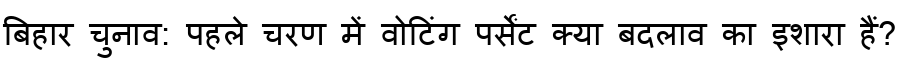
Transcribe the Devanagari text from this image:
बिहार चुनाव: पहले चरण में वोटिंग पर्सेंट क्या बदलाव का इशारा हैं?